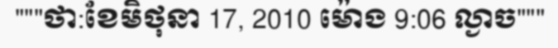
"""ថា:ខែមិថុនា 17, 2010 ម៉ោង 9:06 ល្ងាច"""